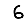
Digit: 6